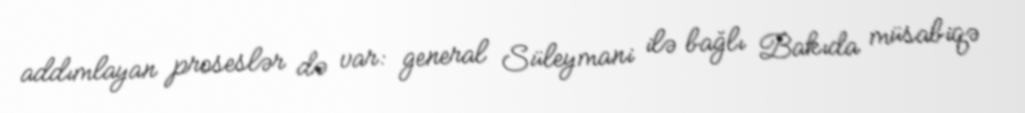
addımlayan proseslər də var: general Süleymani ilə bağlı Bakıda müsabiqə